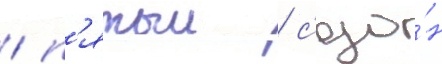
/ п'ятыи / с'езо́н